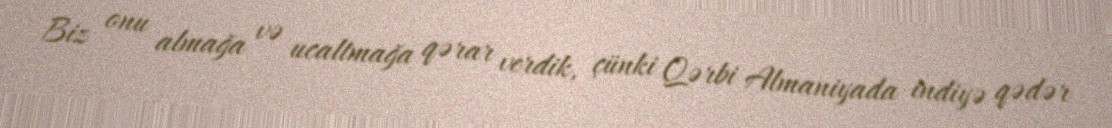
Biz onu almağa və ucaltmağa qərar verdik, çünki Qərbi Almaniyada indiyə qədər